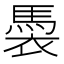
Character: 䮍